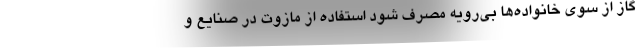
گاز از سوی خانواده‌ها بی‌رویه مصرف شود استفاده از مازوت در صنایع و